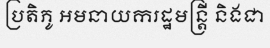
ប្រតិភូ អមនាយករដ្ឋមន្ត្រី និងជា